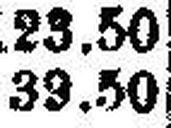
39.50